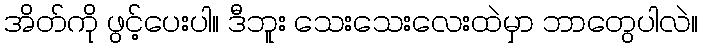
အိတ်ကို ဖွင့်ပေးပါ။ ဒီဘူး သေးသေးလေးထဲမှာ ဘာတွေပါလဲ။